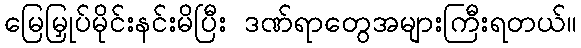
မြေမြှုပ်မိုင်းနင်းမိပြီး ဒဏ်ရာတွေအများကြီးရတယ်။